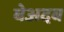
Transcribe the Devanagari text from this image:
बेअदब